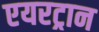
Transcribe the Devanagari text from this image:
एयरट्रान